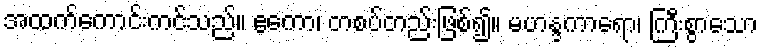
အထက်ကောင်းကင်သည်။ ဧကော၊ တစပ်တည်းဖြစ်၍။ မဟန္ဒကာရော၊ ကြီးစွာသော